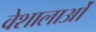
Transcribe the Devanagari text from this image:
वेशालाओं